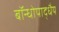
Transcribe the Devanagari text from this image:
बॉन्धोपाद्धैय